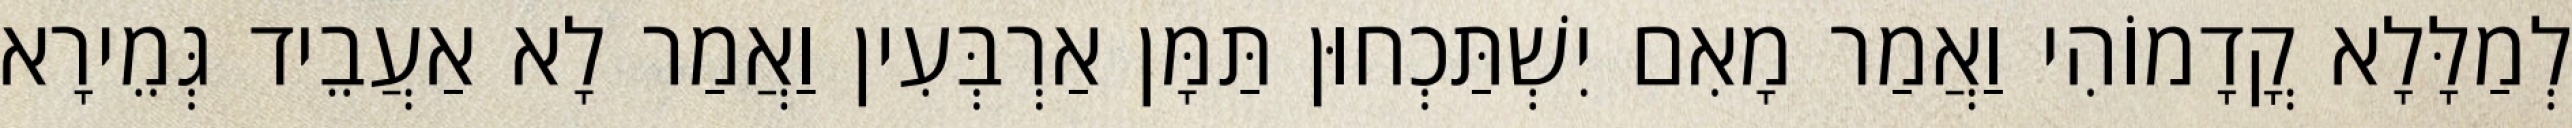
לְמַלָּלָא קֳדָמוֹהִי וַאֲמַר מָאִם יִשְׁתַּכְחוּן תַּמָּן אַרְבְּעִין וַאֲמַר לָא אַעֲבֵיד גְּמֵירָא